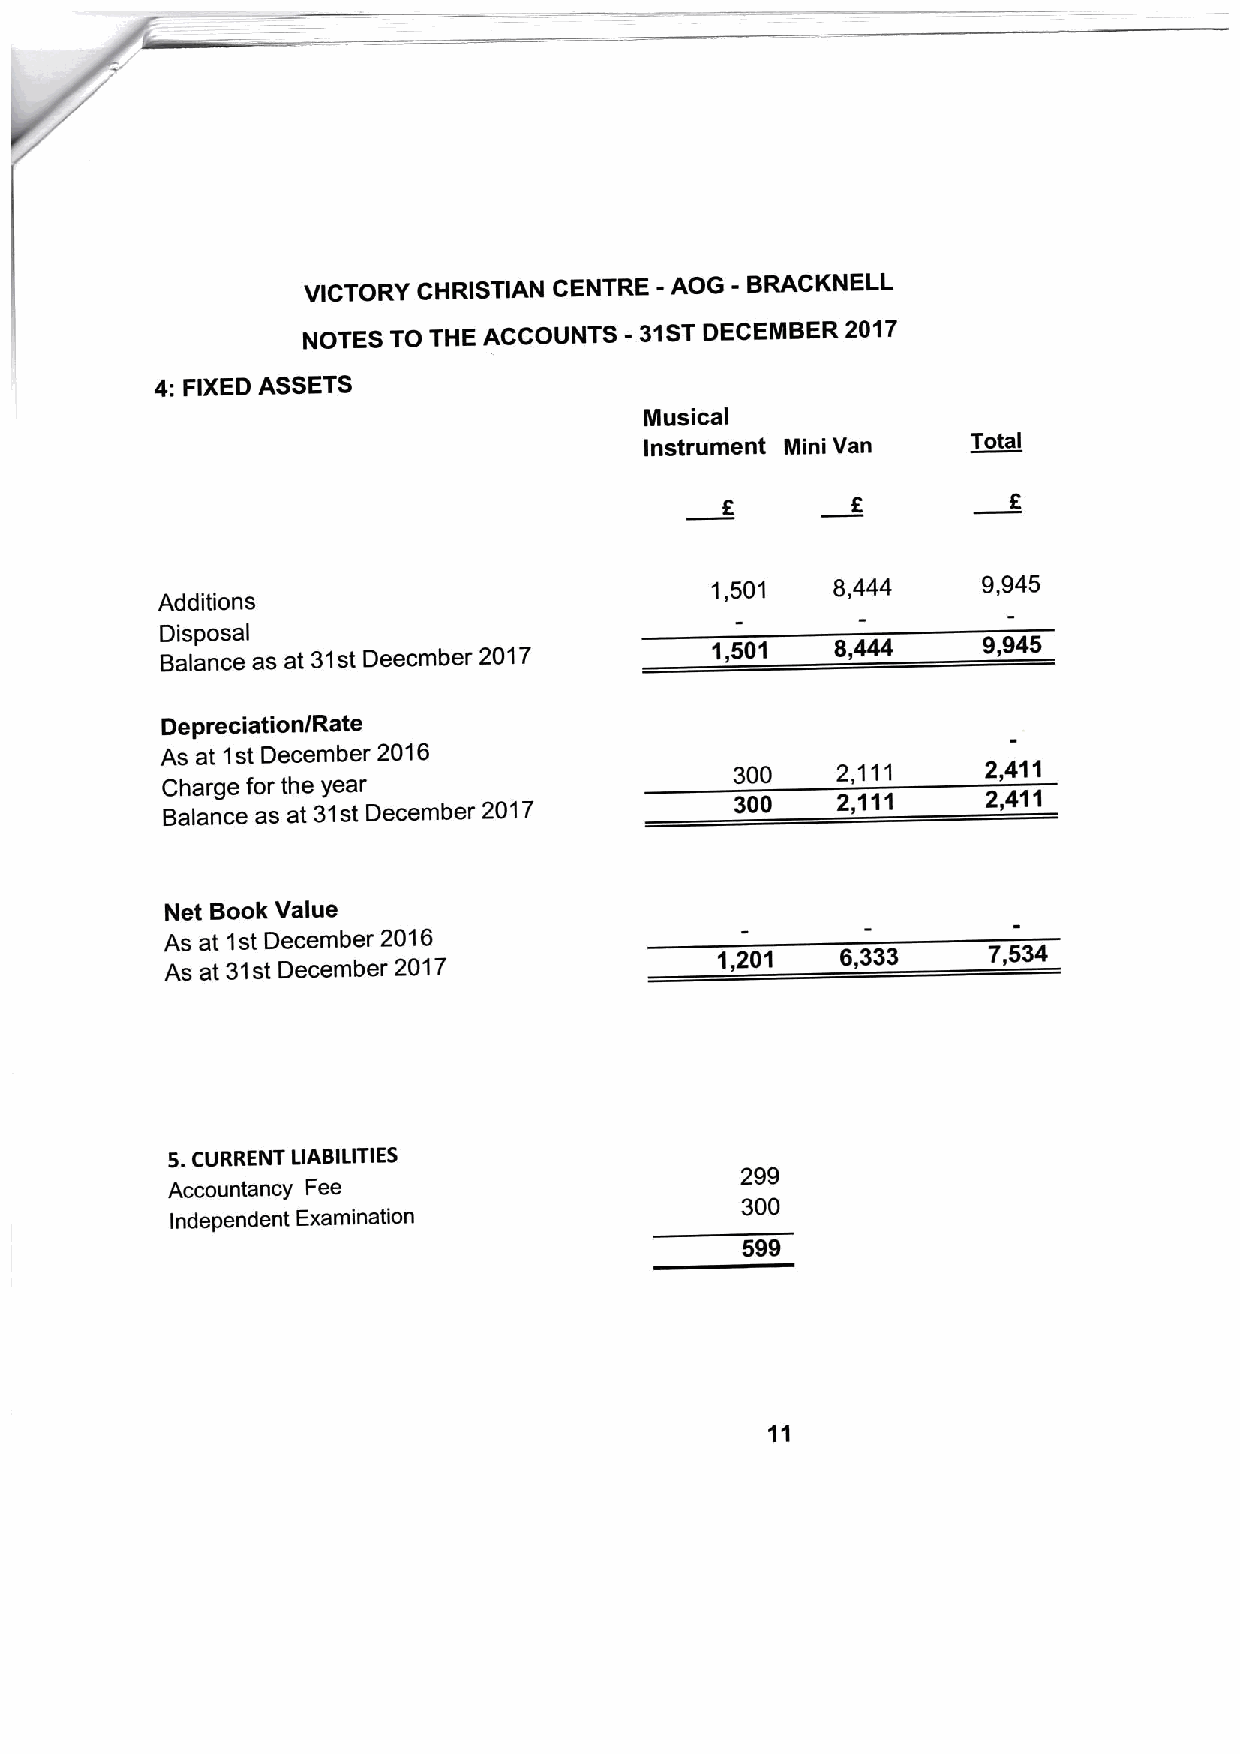
VICTORY CHRISTIAN CENTRE -AOG - BRACKNELL
 NOTES TO THE ACCOUNTS - 31STDECEMBER 2017
 4:FIXED ASSETS
 Musical
 Instrument Ilini Van Total
 1,501   8,444     9,945
 Additions
 Disposal
 Balance as at 31st Deecmber 2017    1,501   8,444     9,945
 Depreciation/Rate
 As at 1st December 2016
 300   2,111     2,411
 Charge for the year
 Balance as at 31st December 2017      300   2,111     2,411
 Net Book Value
 As at 1st December 2016
 As at 31st December 2017
 1,201   6,333    7,534
 S.CURRENT LIABILITIES
 299
 Accountancy Fee
 300
 Independent Examination
 599